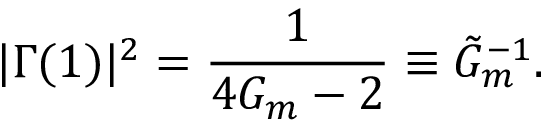
| \Gamma ( 1 ) | ^ { 2 } = \frac { 1 } { 4 G _ { m } - 2 } \equiv \tilde { G } _ { m } ^ { - 1 } .